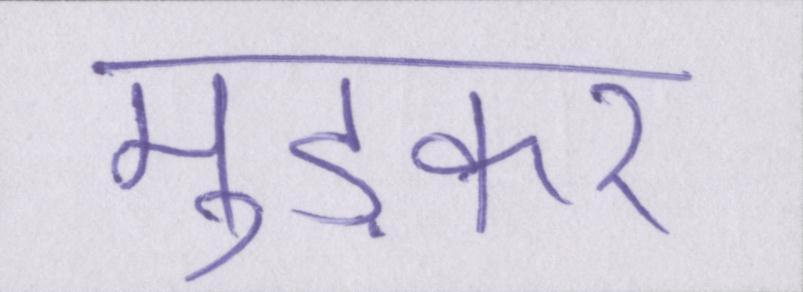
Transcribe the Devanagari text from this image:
मुड़कर